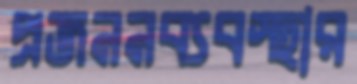
প্রজননব্যবস্থার